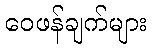
ဝေဖန်ချက်များ